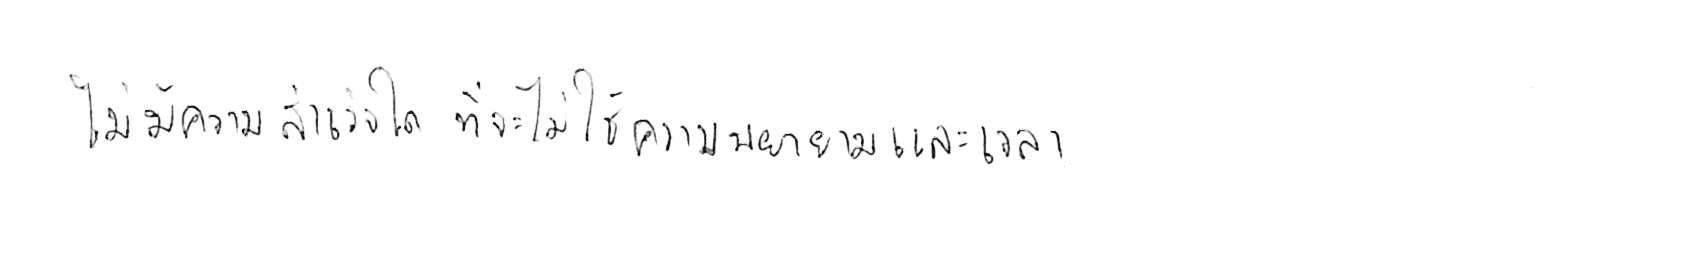
ไม่มีความสำเร็จใด ที่จะไม่ใช้ความพยายามและเวลา